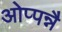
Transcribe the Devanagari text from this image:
ओप्पन्नै